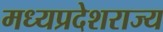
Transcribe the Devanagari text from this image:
मध्यप्रदेशराज्य